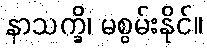
နာသက္ခိ၊ မစွမ်းနိုင်။